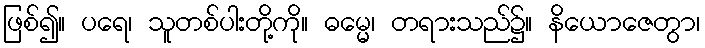
ဖြစ်၍။ ပရေ၊ သူတစ်ပါးတို့ကို။ ဓမ္မေ၊ တရားသည်၌။ နိယောဇေတွာ၊